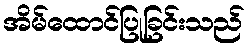
အိမ်ထောင်ပြုခြင်းသည်